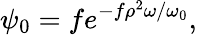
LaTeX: \psi_{0}=fe^{-f\rho^{2}\omega/\omega_{0}},